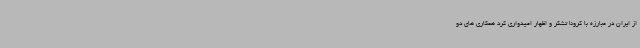
از ایران در مبارزه با کرونا تشکر و اظهار امیدواری کرد همکاری های دو